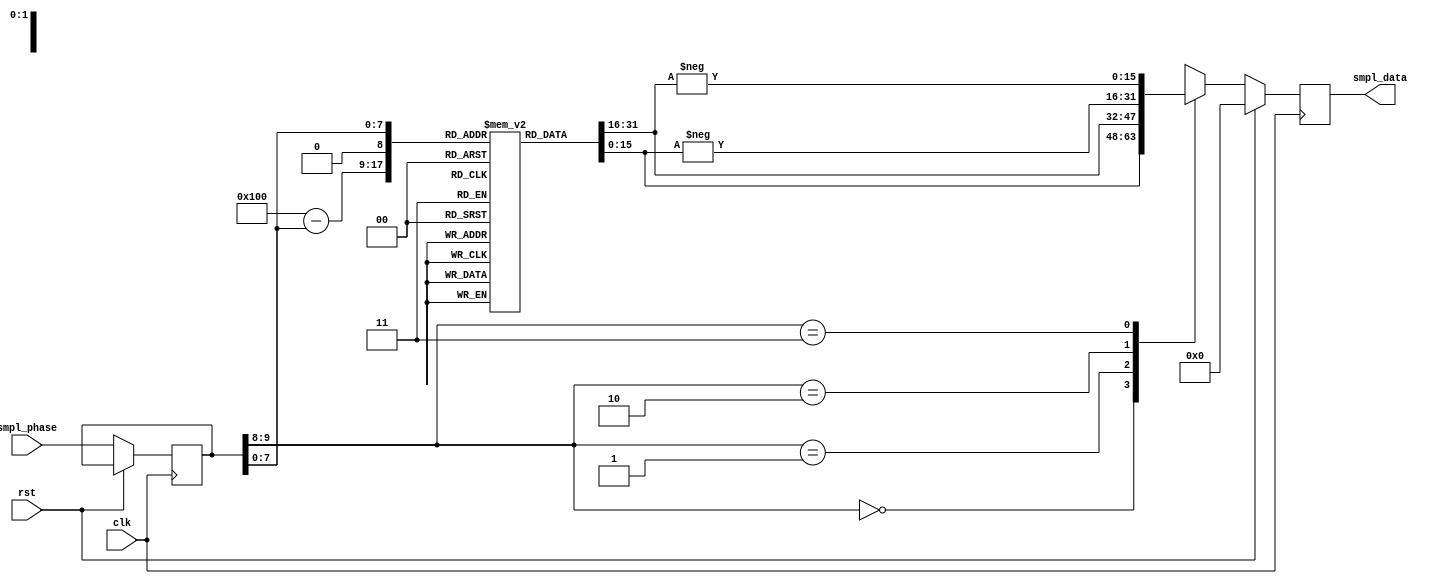
`timescale 1ns / 10ps
`default_nettype none
//////////////////////////////////////////////////////////////////////////////////
// Company: 
// Engineer: 
// 
// Design Name: 
// Module Name: Sine_Wave_Generator
// Project Name: 
// Target Devices: 
// Tool Versions: 
// Description: 
// 
// Dependencies: 
// 
// Revision:
// Revision 0.01 - File Created
// Additional Comments:
// 
//////////////////////////////////////////////////////////////////////////////////


module Sine_Wave_Generator #
    (
        parameter PHASE_WIDTH = 10,
        parameter SAMPLE_WIDTH = 16,
        parameter OFFSET_ENABLE = 0
    )
    (
        input wire clk,
        input wire rst,
        //input wire smpl_en,
        input wire [PHASE_WIDTH - 1 : 0] smpl_phase,
        //output reg smpl_valid,
        output reg [SAMPLE_WIDTH - 1 : 0] smpl_data
    );
    
    localparam TABLE_SIZE = 2 ** (PHASE_WIDTH - 2) + 1; // n * .25 + 1 allows full spectrum of values
    localparam PHASE_SIZE = 2 ** PHASE_WIDTH;
    localparam PI = 3.141592653589793;   // good enough for JPL high accuracy calcs

    reg [SAMPLE_WIDTH - 1 : 0] sine_table[TABLE_SIZE - 1 : 0];

    integer i;
    
    initial begin
        if(OFFSET_ENABLE == 0) begin
            // normal sine, -max to +max
            for (i = 0; i < TABLE_SIZE; i = i + 1) begin
                sine_table[i] = $sin(2 * PI * i / PHASE_SIZE) * (2 ** (SAMPLE_WIDTH - 1) - 1);
            end
        end
        else begin
            // offset sine 0 to +max
            for (i = 0; i < TABLE_SIZE; i = i + 1) begin
                sine_table[i] = ($sin(2 * PI * i / PHASE_SIZE) + 1) * (2 ** (SAMPLE_WIDTH - 1) - 1);
            end
        end
        //$readmemh("C:/Github_Repos/verilog-experiments/Python_Helpers/sine_LUT.hex", sine_table);
    end
    
    
    reg [PHASE_WIDTH - 1 : 0] smpl_phase_reg;
    reg [PHASE_WIDTH - 1 : 0] table_addr;
    reg [PHASE_WIDTH - 3 : 0] smpl_subphase;
    reg [SAMPLE_WIDTH - 1 : 0] table_data;
    
    always @(posedge clk) begin : p_get_sine

        if(rst == 1) begin
            smpl_data <= 0;
        end
        else begin
            smpl_phase_reg <= smpl_phase;
            smpl_subphase = smpl_phase_reg[PHASE_WIDTH - 3 : 0];
            case (smpl_phase_reg[PHASE_WIDTH - 1 : PHASE_WIDTH - 2])
                2'b00:  begin
                        // First quadrant, normal order values
                            table_addr = {1'b0, smpl_subphase};
                            table_data = sine_table[table_addr];
                        end
                2'b01:  begin
                        // Second quadrant, reverse order values
                            table_addr = {1'b1, {PHASE_WIDTH - 2{1'b0}}};
                            table_addr = table_addr - smpl_subphase;
                            table_data = sine_table[table_addr];
                        end
                2'b10:  begin
                        // Third quadrant, normal order negate values
                            table_addr = {1'b0, smpl_subphase};
                            if(OFFSET_ENABLE == 0) begin
                                table_data = -sine_table[table_addr];
                            end
                            else begin
                                table_data = {{SAMPLE_WIDTH - 1{1'b1}}, 1'b0} - sine_table[table_addr];
                            end
                        end
                2'b11:  begin
                        // Fourth quadrant, reverse order negate values
                            table_addr = {1'b1, {PHASE_WIDTH - 2{1'b0}}};
                            table_addr = table_addr - smpl_subphase;
                            if(OFFSET_ENABLE == 0) begin
                                table_data = -sine_table[table_addr];
                            end
                            else begin
                                table_data = {{SAMPLE_WIDTH - 1{1'b1}}, 1'b0} - sine_table[table_addr];
                            end
                        end
                default: table_data = {SAMPLE_WIDTH{1'b0}};
            endcase
            smpl_data <= table_data;
        end
    end
endmodule